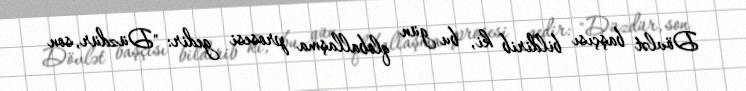
Dövlət başçısı bildirib ki, bu gün qloballaşma prosesi gedir: "Düzdür, son